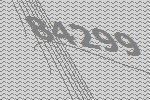
84299